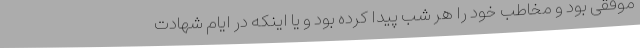
موفقی بود و مخاطب خود را هر شب پیدا کرده بود و یا اینکه در ایام شهادت